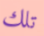
تلك